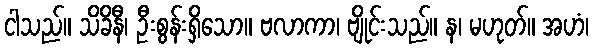
ငါသည်။ သိခိနီ၊ ဦးစွန်းရှိသော။ ဗလာကာ၊ ဗျိုင်းသည်။ န၊ မဟုတ်။ အဟံ၊